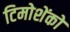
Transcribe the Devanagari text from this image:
टिमोशेंको